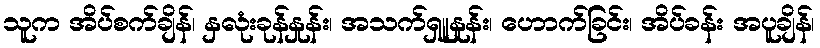
သူက အိပ်စက်ချိန်၊ နှလုံးခုန်နှုန်း၊ အသက်ရှူနှုန်း၊ ဟောက်ခြင်း၊ အိပ်ခန်း အပူချိန်၊